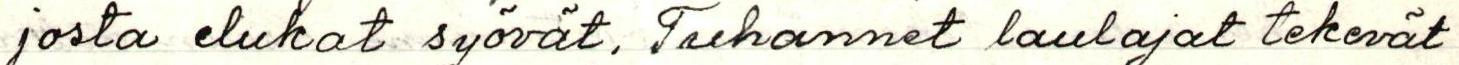
josta elukat syövät. Tuhannet laulajat tekevät